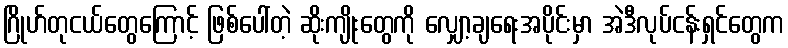
ဂြိုဟ်တုငယ်တွေကြောင့် ဖြစ်ပေါ်တဲ့ ဆိုးကျိုးတွေကို လျှော့ချရေးအပိုင်းမှာ အဲဒီလုပ်ငန်းရှင်တွေက